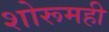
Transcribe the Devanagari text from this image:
शोरूमही